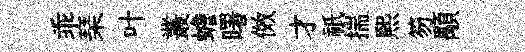
乖琹叶叢蟾曙傚才祇揣煕笏顒